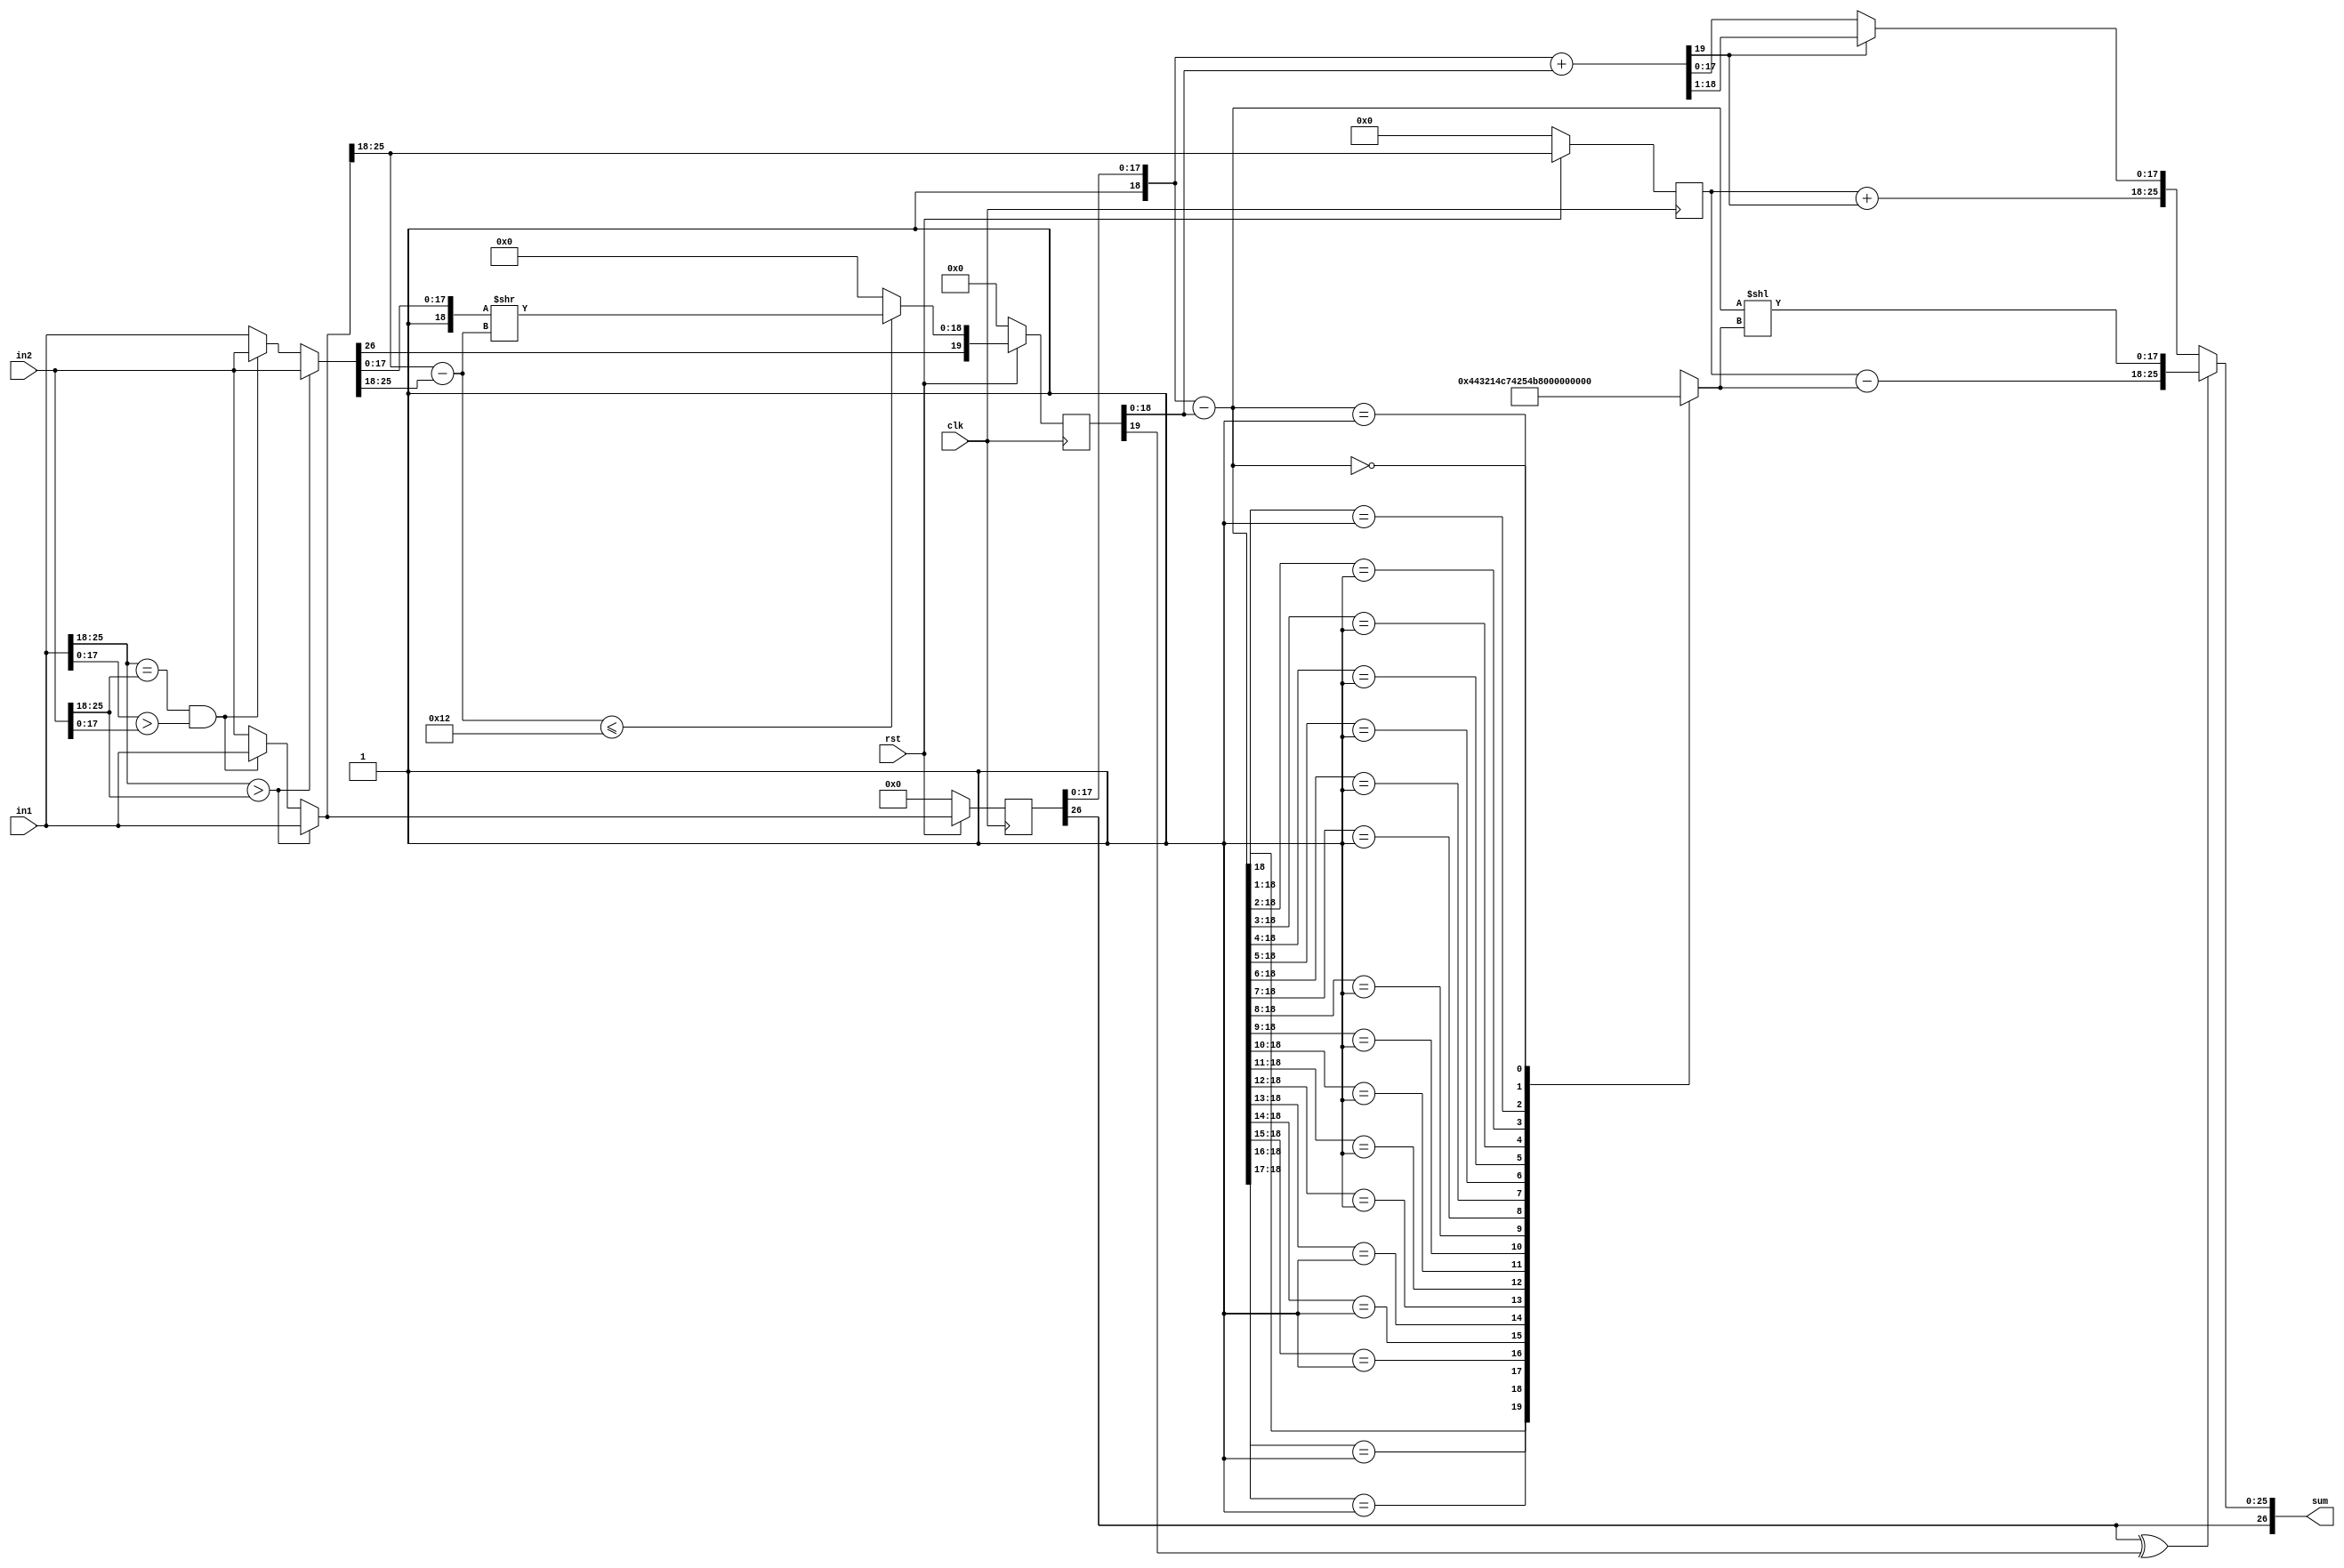
// This program was cloned from: https://github.com/aniketuppin/n-body-gravity-simulator
// License: Apache License 2.0


`define SIGN 26
`define EXP 25:18
`define MANT 17:0


module FpAdd (
              clk,             // replace string with clock
              in1,          // replace string with fp_in1
              in2,          // replace string with fp_in2
              sum,          // replace string with fp_sum
              rst
              );

   //--------------------------------------------------------------------
   // Inputs
   //--------------------------------------------------------------------
   input wire clk;
   input wire [26:0] in1;
   input wire [26:0] in2;
   input wire        rst;
   
   //--------------------------------------------------------------------
   // Outputs
   //--------------------------------------------------------------------
   output reg [26:0] sum;

   //--------------------------------------------------------------------
   // Internals
   //--------------------------------------------------------------------
   parameter sign = 26;
   parameter ex_end = 25;
   parameter ex_st = 18;
   parameter ma_end = 17;
   parameter ma_st = 0;

   //--------------------------------------------------------------------
   // First Stage
   //--------------------------------------------------------------------
   
   //--------------------------------------------------------------------
   // Finding greater number among the 2
   //--------------------------------------------------------------------
   reg [`SIGN:0] greater;
   reg [`SIGN:0] smaller;

   always @(*)
     begin
        if (in1[`EXP] > in2[`EXP])
          begin
             greater <= in1;
             smaller <= in2;
          end
        else
          if (in1[`EXP] == in2[`EXP] && in1[`MANT] > in2[`MANT])
            begin
               greater <= in1;
               smaller <= in2;
            end
          else
            begin
               greater <= in2;
               smaller <= in1;
            end
     end // always @ (*)
   
   
   //--------------------------------------------------------------------
   // Net smaller value for arithmetic
   //--------------------------------------------------------------------
   reg [18:0] net_small;
   wire [`EXP] small_shift;
   
   assign small_shift = greater[`EXP] - smaller[`EXP];
   
   always @(*)
     begin
        if (greater[`EXP] - smaller[`EXP] <= 5'd18)
          begin
             net_small <= {1'b1,smaller[`MANT]} >> (small_shift);
          end
        else
          begin
             net_small <= 'b0;
          end
     end // always @ (*)


   //--------------------------------------------------------------------
   // Pipeline Register's
   //--------------------------------------------------------------------
   reg [`SIGN:0] gr;
   reg [19:0] sm;
   reg [`EXP]    net_expt;
   reg [`EXP]    sm_shift;
   
   always @(posedge clk )
     begin
        if (rst == 'b0)
          begin
             gr <= 'b0;
             sm <= 'b0;
             net_expt <= 'b0;
             sm_shift <= 'b0;
          end 
        else
           begin
             gr <= greater;
             sm <= {smaller[`SIGN],net_small}; // check for sm
             net_expt <= greater[`EXP];
             sm_shift <= small_shift;
          end    
     end

   
   //--------------------------------------------------------------------
   // Second Stage
   //--------------------------------------------------------------------
   
   //--------------------------------------------------------------------
   // Deciding Addition or Subtraction
   //--------------------------------------------------------------------
   wire sub;
   assign sub = (gr[`SIGN] ^ sm[19]);
   

   //--------------------------------------------------------------------
   // Addition
   //--------------------------------------------------------------------
   
   //--------------------------------------------------------------------
   // Addition Output
   //--------------------------------------------------------------------
   reg [19:0] add_out;
   
   always @(*)
      begin
         add_out <= ({1'b1,gr[`MANT]} + {sm[18:0]});
      end


   //--------------------------------------------------------------------
   // net exponent adder if carry generated in addition
   //--------------------------------------------------------------------
   reg [`EXP] expt_carry;

   always @(*)
     begin
        expt_carry <= net_expt + {7'b0,add_out[19]};
     end


   //--------------------------------------------------------------------
   // result from the whole flow if sign bits of both numbers are equal
   // i.e addition of their magnitudes
   //--------------------------------------------------------------------
   reg [26:0] add_result;
   
   wire [17:0] final_add = (add_out[19]) ? 
               {add_out[18:1]} : add_out[17:0];
   

   always @(*)
     begin
        add_result <= {gr[`SIGN],expt_carry,final_add};
     end // always @ (*)

   
   //--------------------------------------------------------------------
   // Subtraction
   //--------------------------------------------------------------------
   
   //--------------------------------------------------------------------
   // Subtraction Output
   //--------------------------------------------------------------------
   reg [18:0] sub_out;

   always @(*)
     begin
        sub_out <= {1'b1,gr[`MANT]} - sm[18:0];
     end

   //--------------------------------------------------------------------
   // Exponent Difference after subtraction Generator
   //--------------------------------------------------------------------
   reg [4:0] sub_shift;
      always @(*)
     begin
        casex (sub_out)
          19'b1XXXXXXXXXXXXXXXXXX: sub_shift <= 5'd0;
          19'b01XXXXXXXXXXXXXXXXX: sub_shift <= 5'd1;
          19'b001XXXXXXXXXXXXXXXX: sub_shift <= 5'd2;
          19'b0001XXXXXXXXXXXXXXX: sub_shift <= 5'd3;
          19'b00001XXXXXXXXXXXXXX: sub_shift <= 5'd4;
          19'b000001XXXXXXXXXXXXX: sub_shift <= 5'd5;
          19'b0000001XXXXXXXXXXXX: sub_shift <= 5'd6;
          19'b00000001XXXXXXXXXXX: sub_shift <= 5'd7;
          19'b000000001XXXXXXXXXX: sub_shift <= 5'd8;
          19'b0000000001XXXXXXXXX: sub_shift <= 5'd9;
          19'b00000000001XXXXXXXX: sub_shift <= 5'd10;
          19'b000000000001XXXXXXX: sub_shift <= 5'd11;
          19'b0000000000001XXXXXX: sub_shift <= 5'd12;
          19'b00000000000001XXXXX: sub_shift <= 5'd13;
          19'b000000000000001XXXX: sub_shift <= 5'd14;
          19'b0000000000000001XXX: sub_shift <= 5'd15;
          19'b00000000000000001XX: sub_shift <= 5'd16;
          19'b000000000000000001X: sub_shift <= 5'd17;
          19'b0000000000000000001: sub_shift <= 5'd18;
          19'b0000000000000000000: sub_shift <= 5'd19;
          default:                sub_shift <= 5'd0;
        endcase
     end // always @ (*)

  
   //--------------------------------------------------------------------
   // Calculating net exponent
   //--------------------------------------------------------------------
   reg [7:0] sub_expt;
   
   always @(*)
     begin
        sub_expt <= net_expt - {3'b0,sub_shift};
     end
   

   //--------------------------------------------------------------------
   // Calculating Final Subtraction Out after shift
   //--------------------------------------------------------------------
   reg [17:0] final_sub;
   reg [18:0] temp_sub;
   always @(*)
     begin
        temp_sub <= (sub_out << sub_shift);
        final_sub <= temp_sub[17:0];
     end
   //--------------------------------------------------------------------
   // Calculating Final Subtraction Result
   //--------------------------------------------------------------------
   reg [26:0] sub_result;

   always @(*)
     begin
        sub_result <= {gr[`SIGN],sub_expt,final_sub};
     end

   //--------------------------------------------------------------------
   // Calculating Final Subtraction Result
   //--------------------------------------------------------------------
   always @(*)
     begin
        if (sub)
          begin
             sum <= sub_result;
          end
        else
          begin
             sum <= add_result;
          end
     end

   //--------------------------------------------------------------------
   // Test code (not part of the RTL)
   //--------------------------------------------------------------------
   // always @(*)
   //   begin
   //      sum <= add_result;
   //  end
   wire [18:0] sm_mant = sm[18:0];
   wire [18:0] gr_mant = {1'b1,gr[`MANT]};
   
endmodule